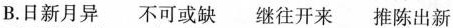
B.日新月异 不可或缺 继往开来 推陈出新